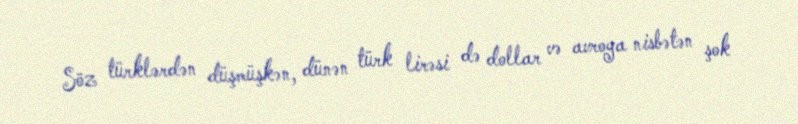
Söz türklərdən düşmüşkən, dünən türk lirəsi də dollar və avroya nisbətən şok